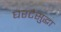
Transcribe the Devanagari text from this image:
घरटेसुद्धा